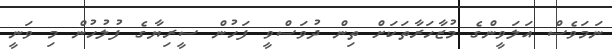
ނަމަވެސް އަލަވީންގެ މުޒާހަރާތަކަށް ތިން ދުވަސްވީ ފަހުން ސީރިޔާގެ ފުލުހުން މި ވަނީ